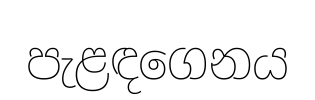
පැළඳගෙනය